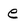
Character: e